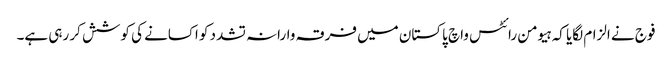
فوج نے الزام لگایا کہ ہیومن رائٹس واچ پاکستان میں فرقہ وارانہ تشدد کو اکسانے کی کوشش کر رہی ہے۔